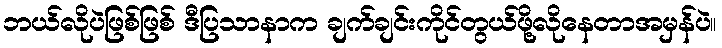
ဘယ်လိုပဲဖြစ်ဖြစ် ဒီပြသာနာက ချက်ချင်းကိုင်တွယ်ဖို့လိုနေတာအမှန်ပဲ။